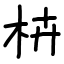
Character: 枿